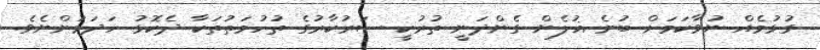
ގުޅުމެއް ނުވާކަމަށް ބުނެ ޣުލެން ގެންދަނީ ތުރުކީ ސަރުކާރުގެ ތުހުމަތުތަކާ ދެކޮޅު ހަދަމުންނެވެ.